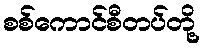
စစ်ကောင်စီတပ်တို့